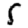
Digit: 5